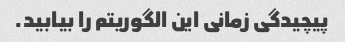
پیچیدگی زمانی این الگوریتم را بیابید.